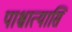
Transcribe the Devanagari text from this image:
पाश्चात्यासि